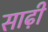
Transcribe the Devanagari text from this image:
साढ़ी